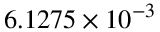
6 . 1 2 7 5 \times 1 0 ^ { - 3 }